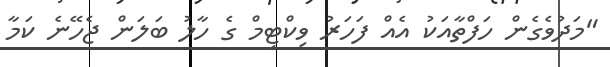
"މަދުވެގެން ހަފްތާއަކު އެއް ފަހަރު ވިކްޓިމް ގެ ހާލު ބަލަން ޖެހޭނެ ކަމާ